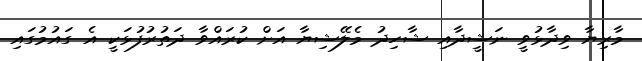
މާރިޔާ ވިދާޅުވީ ނަޝީދާއި ޝާހިދު މެލޭޝިޔާ އަށް ކުރައްވާ ދަތުރުފުޅަކީ އެ ގައުމުގައި